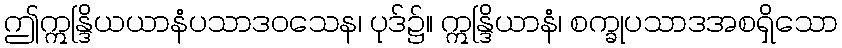
ဤဣန္ဒြိယယာနံပသာဒဝသေန၊ ပုဒ်၌။ ဣန္ဒြိယာနံ၊ စက္ခုပသာဒအစရှိသော